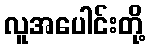
လူအပေါင်းတို့